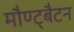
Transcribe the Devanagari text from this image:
मौण्ट्बैटन